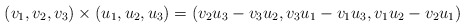
\begin{align*}(v_1,v_2,v_3)\times(u_1,u_2,u_3) = (v_2u_3-v_3u_2,v_3u_1-v_1u_3,v_1u_2-v_2u_1)\end{align*}